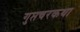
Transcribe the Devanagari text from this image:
गुप्तचरकथा